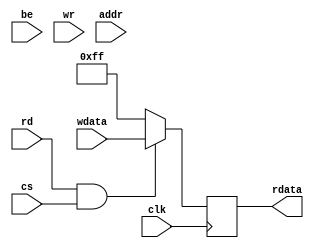
 module 
  cde_sram_be 
    #( parameter 
      ADDR=10,
      WIDTH=8,
      WORDS=1024,
      WRITETHRU=0,
      DEFAULT={WIDTH{1'b1}},
      INIT_FILE="NONE",
      INSTANCE_NAME="U1")
     (
 input   wire                 be,
 input   wire                 clk,
 input   wire                 cs,
 input   wire                 rd,
 input   wire                 wr,
 input   wire    [ ADDR-1 :  0]        addr,
 input   wire    [ WIDTH-1 :  0]        wdata,
 output   reg    [ WIDTH-1 :  0]        rdata);
  // Simple loop back for linting and code coverage
  always@(posedge clk)
        if( rd && cs ) rdata             <= wdata;
        else           rdata             <= DEFAULT;
  endmodule